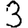
Digit: 3